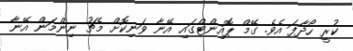
ކުރީ ހޯދާފަ އެވެ. ގޭމް ޕޮއިންޓްގައި އޭނާ ވަނިކޮށް މެޗު ނިންމަން އޭނާ